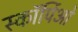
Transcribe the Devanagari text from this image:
स्कॉर्पिओ